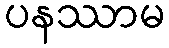
ပနဿာမ